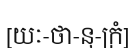
[យៈ-ថា-នុ-ក្រំ]